Trukikaitis_Postimees, lk 24
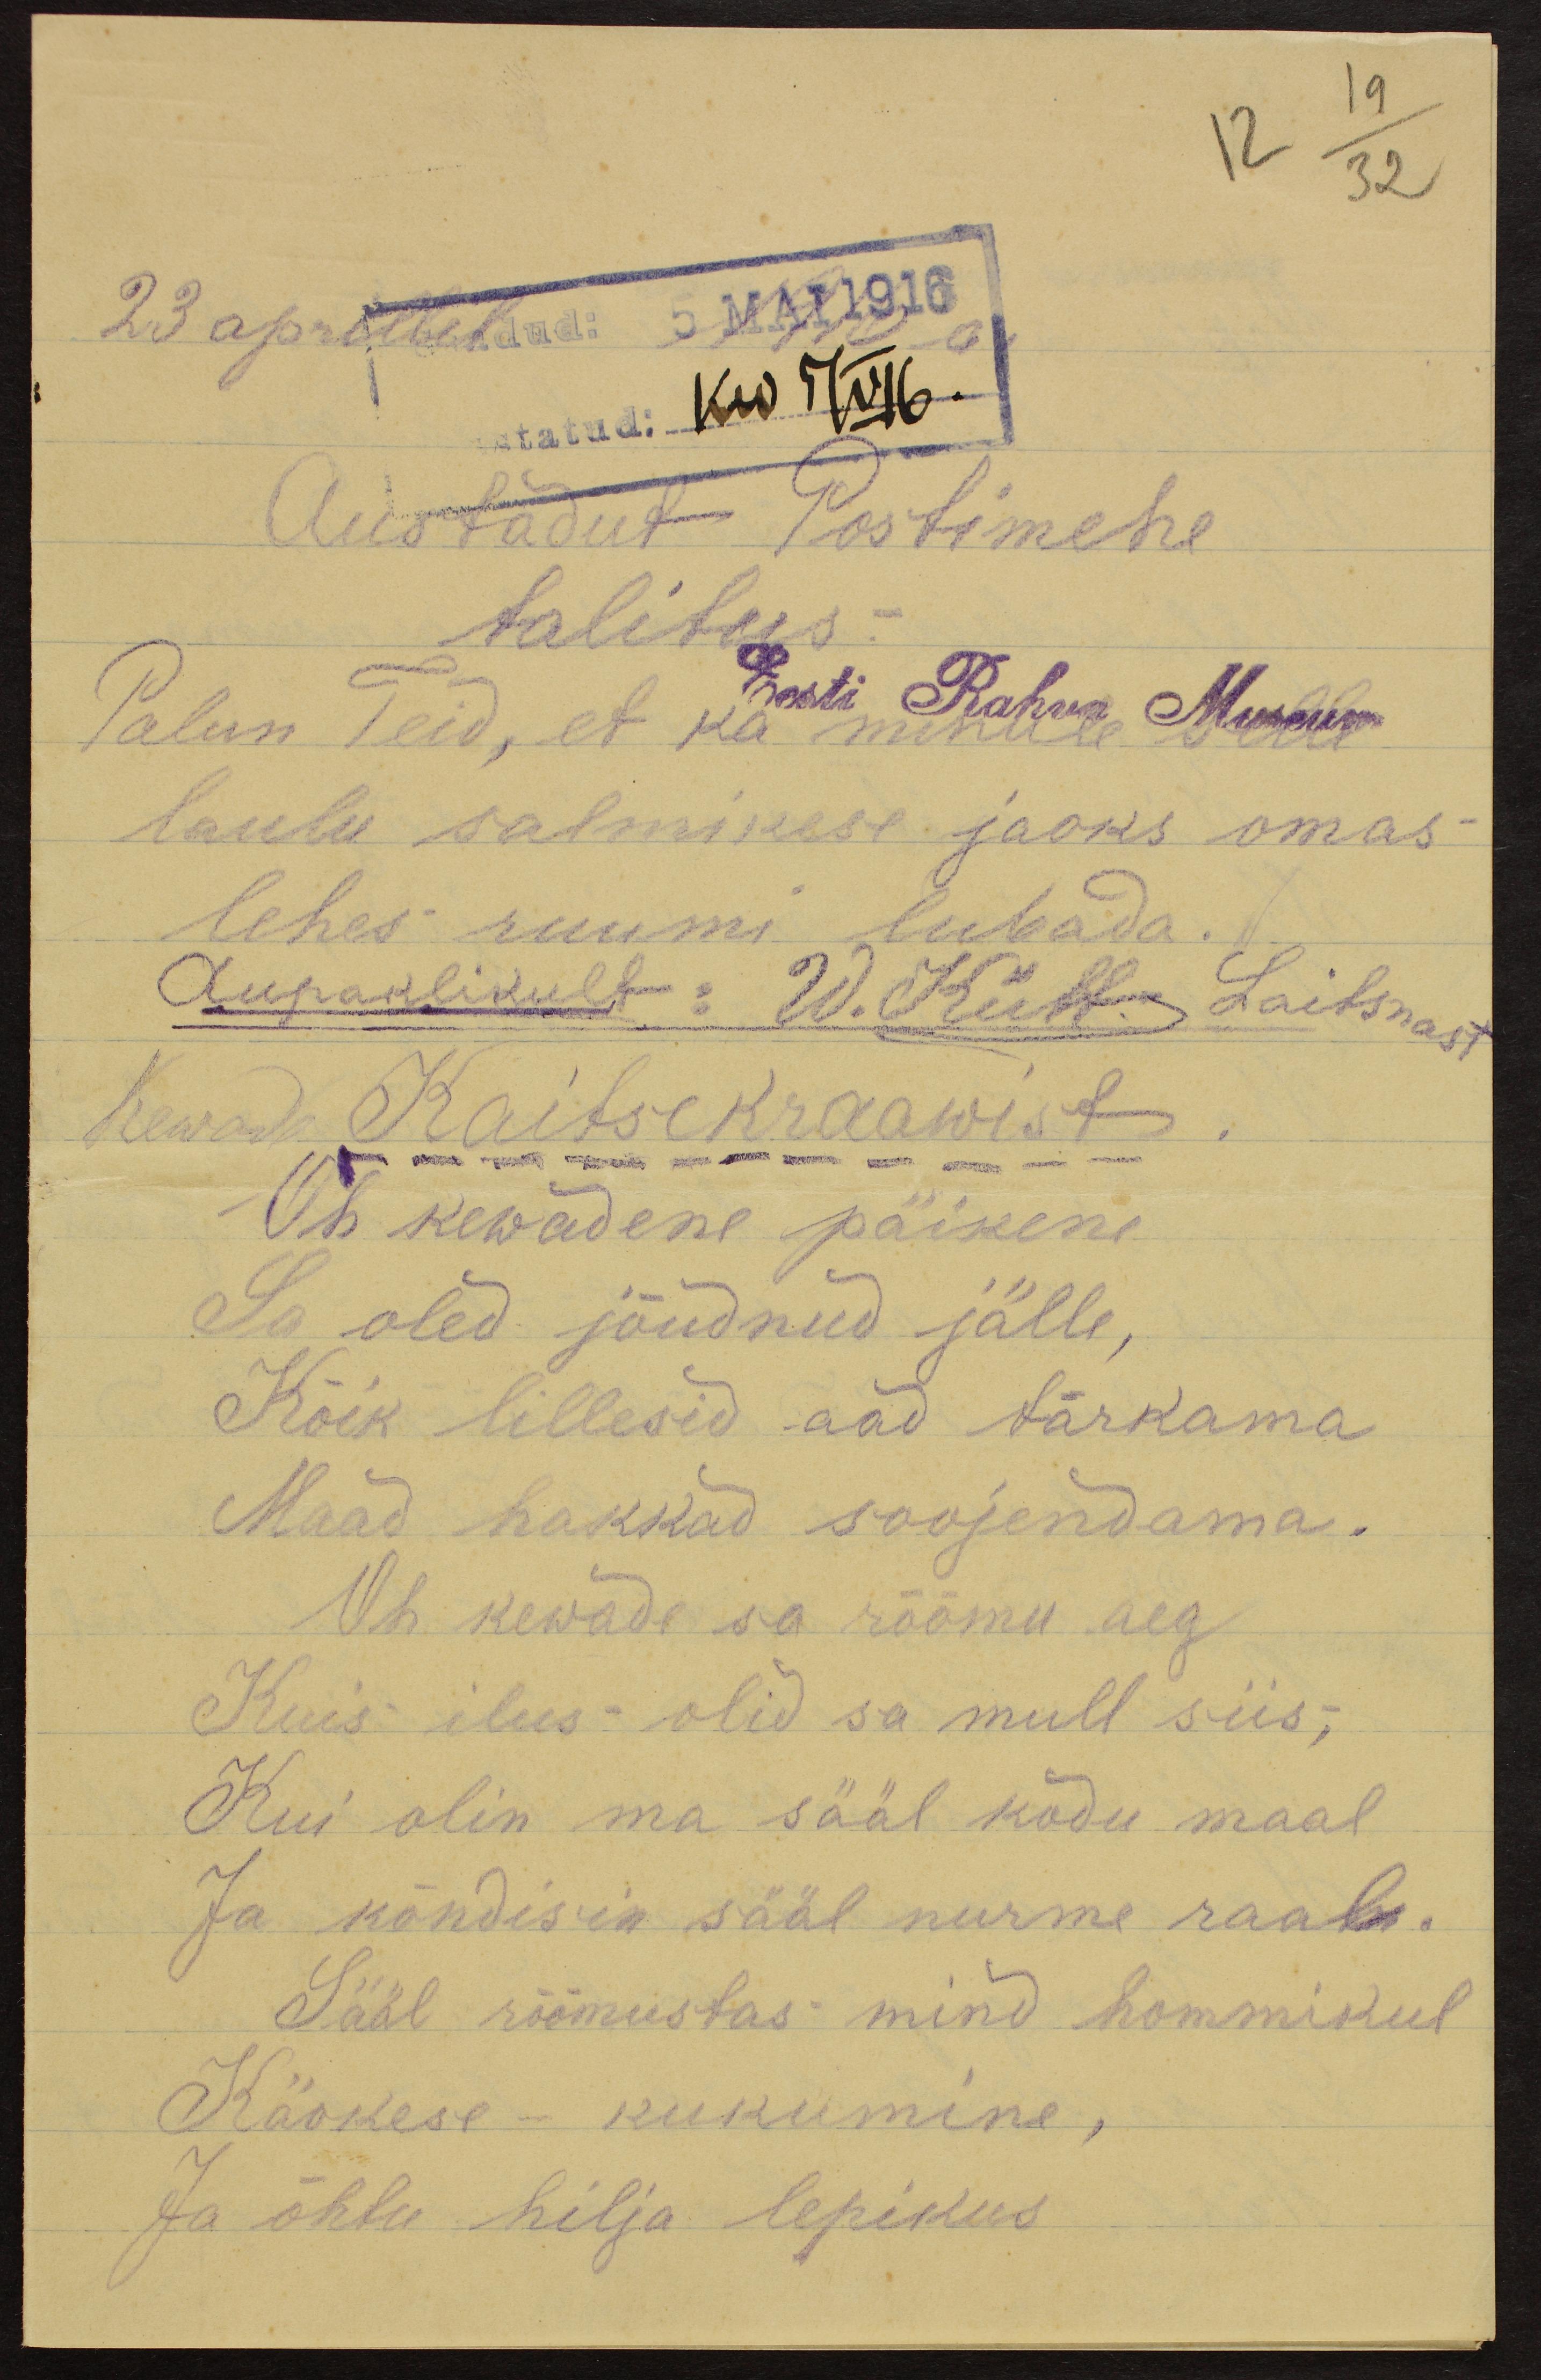
23. aprillil
5 MAI 1916
statud: Kw 5/V 16.
Austadut Postimehe
talitus
Palun Teid, et ka minule selle
Eesti Rahwa Muuseum
laulu salmikese jaoks omas
lehes ruumi lubada.
Aupaklikult: W. Kütt: Laitsnast
Kewade Kaitsekraawist
Oh kewadene päikene
Sa oled jõudnud jälle,
Kõik lillesid aad tärkama
Maad hakkad soojendama.
Oh kewade sa rõõmu aeg
Kuis ilus olid sa mull siis;
Kui olin ma sääl kodu maal
Ja kõndisin sääl nurme raal.
Sääl rõõmustas mind hommikul
Käokese - kukumine,
Ja õhtu hilja lepikus